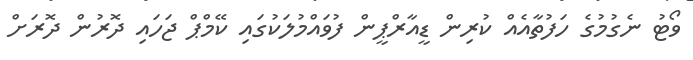
ވޯޓު ނެގުމުގެ ހަފުތާއެއް ކުރިން ޑީއާރްޕީން ފުވައްމުލަކުގައި ކޭމްޕް ޖަހައި ދޮރުން ދޮރަށް